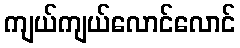
ကျယ်ကျယ်လောင်လောင်